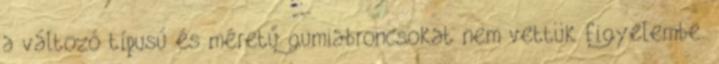
a változó típusú és méretű gumiabroncsokat nem vettük figyelembe.